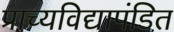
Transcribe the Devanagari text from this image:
प्राच्यविद्यापंडित